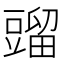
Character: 䝀